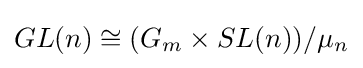
GL(n)\cong (G_{m}\times SL(n))/\mu _{n}